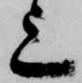
上